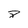
Character: 8